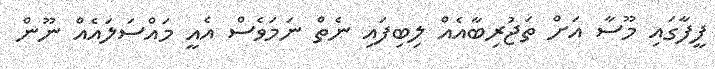
ފީފާގައި މޫސާ އަށް ތަޖުރިބާއެއް ލިބިފައި ނެތް ނަމަވެސް އެއީ މައްސަލައެއް ނޫން